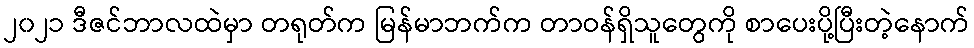
၂၀၂၁ ဒီဇင်ဘာလထဲမှာ တရုတ်က မြန်မာဘက်က တာဝန်ရှိသူတွေကို စာပေးပို့ပြီးတဲ့နောက်